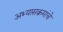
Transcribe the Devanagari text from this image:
अभ्‍यासक्रमांचे